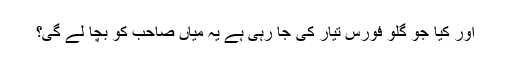
اور کیا جو گلو فورس تیار کی جا رہی ہے یہ میاں صاحب کو بچا لے گی؟